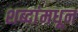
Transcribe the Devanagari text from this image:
शब्दांमधून